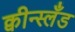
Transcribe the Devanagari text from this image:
क्वीन्स्लँड